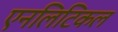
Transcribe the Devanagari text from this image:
एनलिटिकल